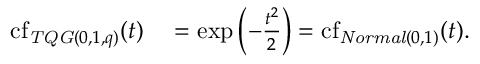
\begin{array} { r l } { \operatorname { c f } _ { \mathit { T Q G } ( 0 , 1 , q ) } ( t ) } & { { } = \exp \left( - \frac { t ^ { 2 } } { 2 } \right) = \operatorname { c f } _ { \mathit { N o r m a l } \left( 0 , 1 \right) } ( t ) . } \end{array}